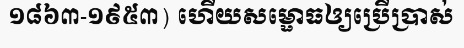
១៨៦៣-១៩៥៣) ហើយសម្ផោធឲ្យប្រើប្រាស់